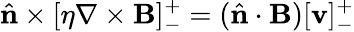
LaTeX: \hat{\mathbf{n}}\times[\eta\mathbf{\nabla}\times\mathbf{B}]_{-}^{+}=(\hat{\mathbf{n}}\cdot\mathbf{B})[\mathbf{v}]_{-}^{+}